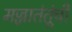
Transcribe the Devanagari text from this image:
मज्जातंतूंची